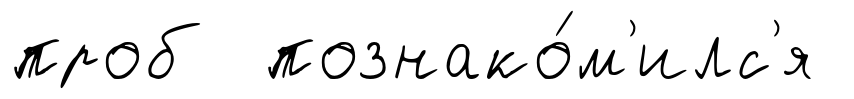
проб познако́м'илс'я